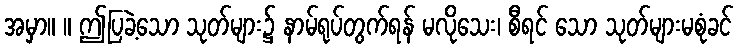
အမှာ။ ။ ဤပြခဲ့သော သုတ်များ၌ နာမ်ရုပ်တွက်ရန် မလိုသေး၊ စီရင် သော သုတ်များမစုံခင်